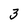
Character: 3